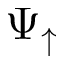
\Psi _ { \uparrow }